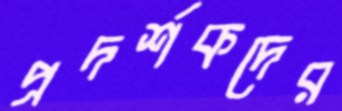
প্রদর্শকদের